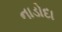
નાડોદા